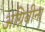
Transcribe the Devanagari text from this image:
अग्निबीना